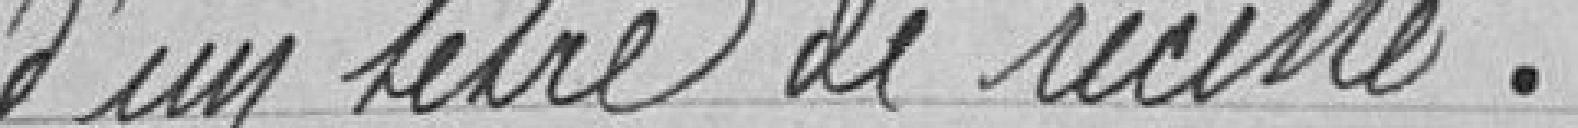
d'un titre de recette.